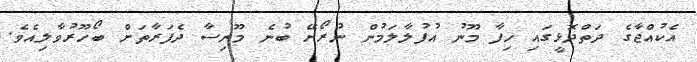
އެކުއްޖާގެ ދަތްދޮޅީގައި ހިފާ މޫނު އުފުލާލަމުން ނުރޯށޭ ބުނެ މޫނިސާ ދެފަރާތަށް ބޯހޫރުވާލިއެވެ.